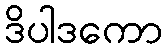
ဒိပါဒကော